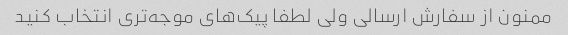
ممنون از سفارش ارسالی ولی لطفا پیک‌های موجه‌تری انتخاب کنید